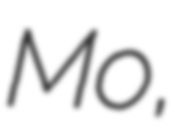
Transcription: Mo,